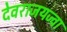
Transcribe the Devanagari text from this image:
देवराजयज्वा